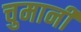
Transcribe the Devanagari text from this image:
चुमानी